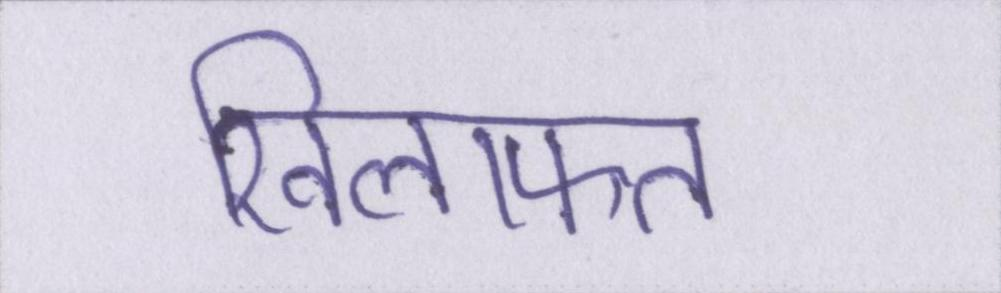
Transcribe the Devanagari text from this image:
खिलाफत